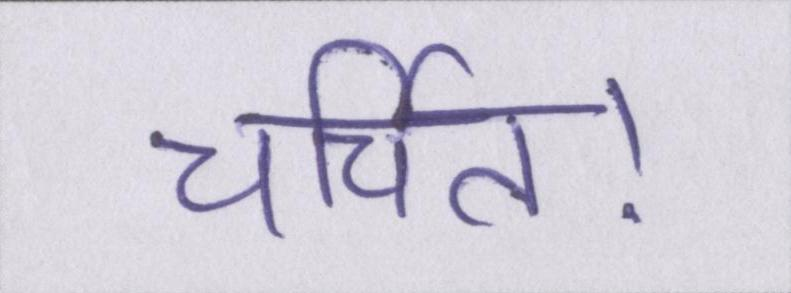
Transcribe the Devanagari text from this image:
चर्चित।